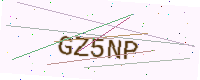
Text: GZ5NP